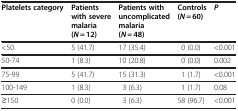
<table><thead><tr><td><b>Platelets category</b></td><td><b>Patients with severe malaria (<i>N</i> = 12)</b></td><td><b>Patients with uncomplicated malaria (<i>N</i> = 48)</b></td><td><b>Controls (<i>N</i> = 60)</b></td><td><b><i>P</i></b></td></tr></thead><tbody><tr><td>&lt;50</td><td>5 (41.7)</td><td>17 (35.4)</td><td>0 (0.0)</td><td>&lt;0.001</td></tr><tr><td>50-74</td><td>1 (8.3)</td><td>10 (20.8)</td><td>0 (0.0)</td><td>0.002</td></tr><tr><td>75-99</td><td>5 (41.7)</td><td>15 (31.3)</td><td>1 (1.7)</td><td>&lt;0.001</td></tr><tr><td>100-149</td><td>1 (8.3)</td><td>3 (6.3)</td><td>1 (1.7)</td><td>0.08</td></tr><tr><td>≥150</td><td>0 (0.0)</td><td>3 (6.3)</td><td>58 (96.7)</td><td>&lt;0.001</td></tr></tbody></table>